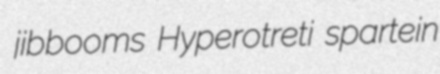
jibbooms Hyperotreti spartein